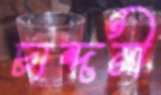
চান্দনী